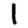
Digit: 1